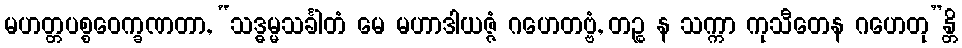
မဟတ္တပစ္စဝေက္ခဏတာ, “သဒ္ဓမ္မသင်္ခါတံ မေ မဟာဒါယဇ္ဇံ ဂဟေတဗ္ဗံ, တဉ္စ န သက္ကာ ကုသီတေန ဂဟေတု”န္တိ